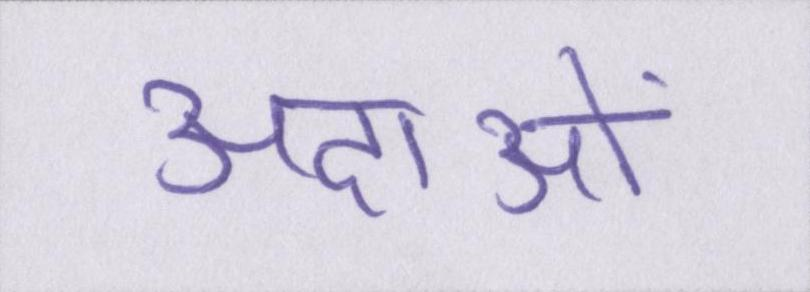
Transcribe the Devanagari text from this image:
अदाओं